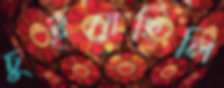
চুইয়েছিলি